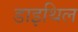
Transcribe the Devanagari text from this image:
डाइथिल